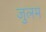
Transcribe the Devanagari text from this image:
जुलम